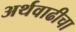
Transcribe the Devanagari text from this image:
अर्थवाढीचा